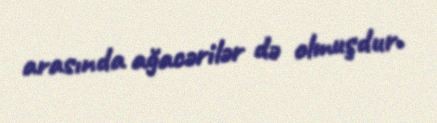
arasında ağacərilər də olmuşdur.